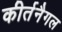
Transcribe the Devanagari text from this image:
कीर्तनैगल